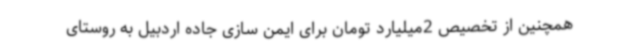
همچنین از تخصیص 2میلیارد تومان برای ایمن سازی جاده اردبیل به روستای